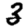
Digit: 3